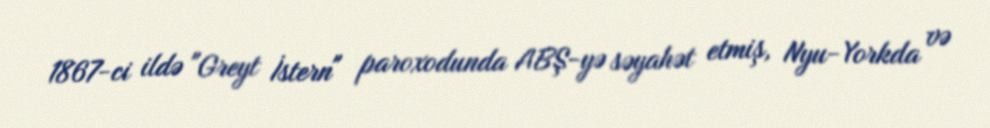
1867-ci ildə "Greyt İstern" paroxodunda ABŞ-yə səyahət etmiş, Nyu-Yorkda və